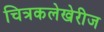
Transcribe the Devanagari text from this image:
चित्रकलेखेरीज